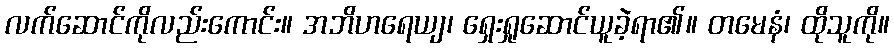
လက်ဆောင်ကိုလည်းကောင်း။ အဘိဟရေယျ၊ ရှေးရှုဆောင်ယူခဲ့ရာ၏။ တမေနံ၊ ထိုသူကို။